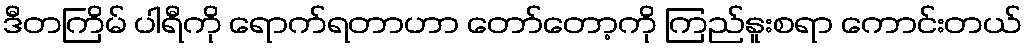
ဒီတကြိမ် ပါရီကို ရောက်ရတာဟာ တော်တော့ကို ကြည်နူးစရာ ကောင်းတယ်